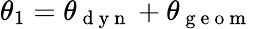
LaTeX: \theta_{1}=\theta_{\mathrm{~d~y~n~}}+\theta_{\mathrm{~g~e~o~m~}}